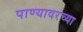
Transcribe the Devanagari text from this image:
पाण्यावरच्या